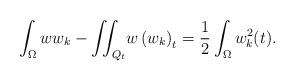
LaTeX: \begin{align*}\int_{\Omega}ww_{k}-{\displaystyle\iint_{Q_{t}}}w\left( w_{k}\right) _{t}=\frac{1}{2}\int_{\Omega}w_{k}^{2}(t).\end{align*}